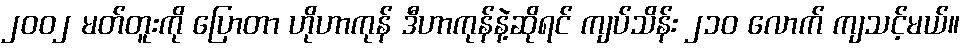
၂၀၀၂ မတ်တူးကို ပြောတာ ဟိုဟာကုန် ဒီဟာကုန်နဲ့ဆိုရင် ကျပ်သိန်း ၂၁၀ လောက် ကျသင့်မယ်။